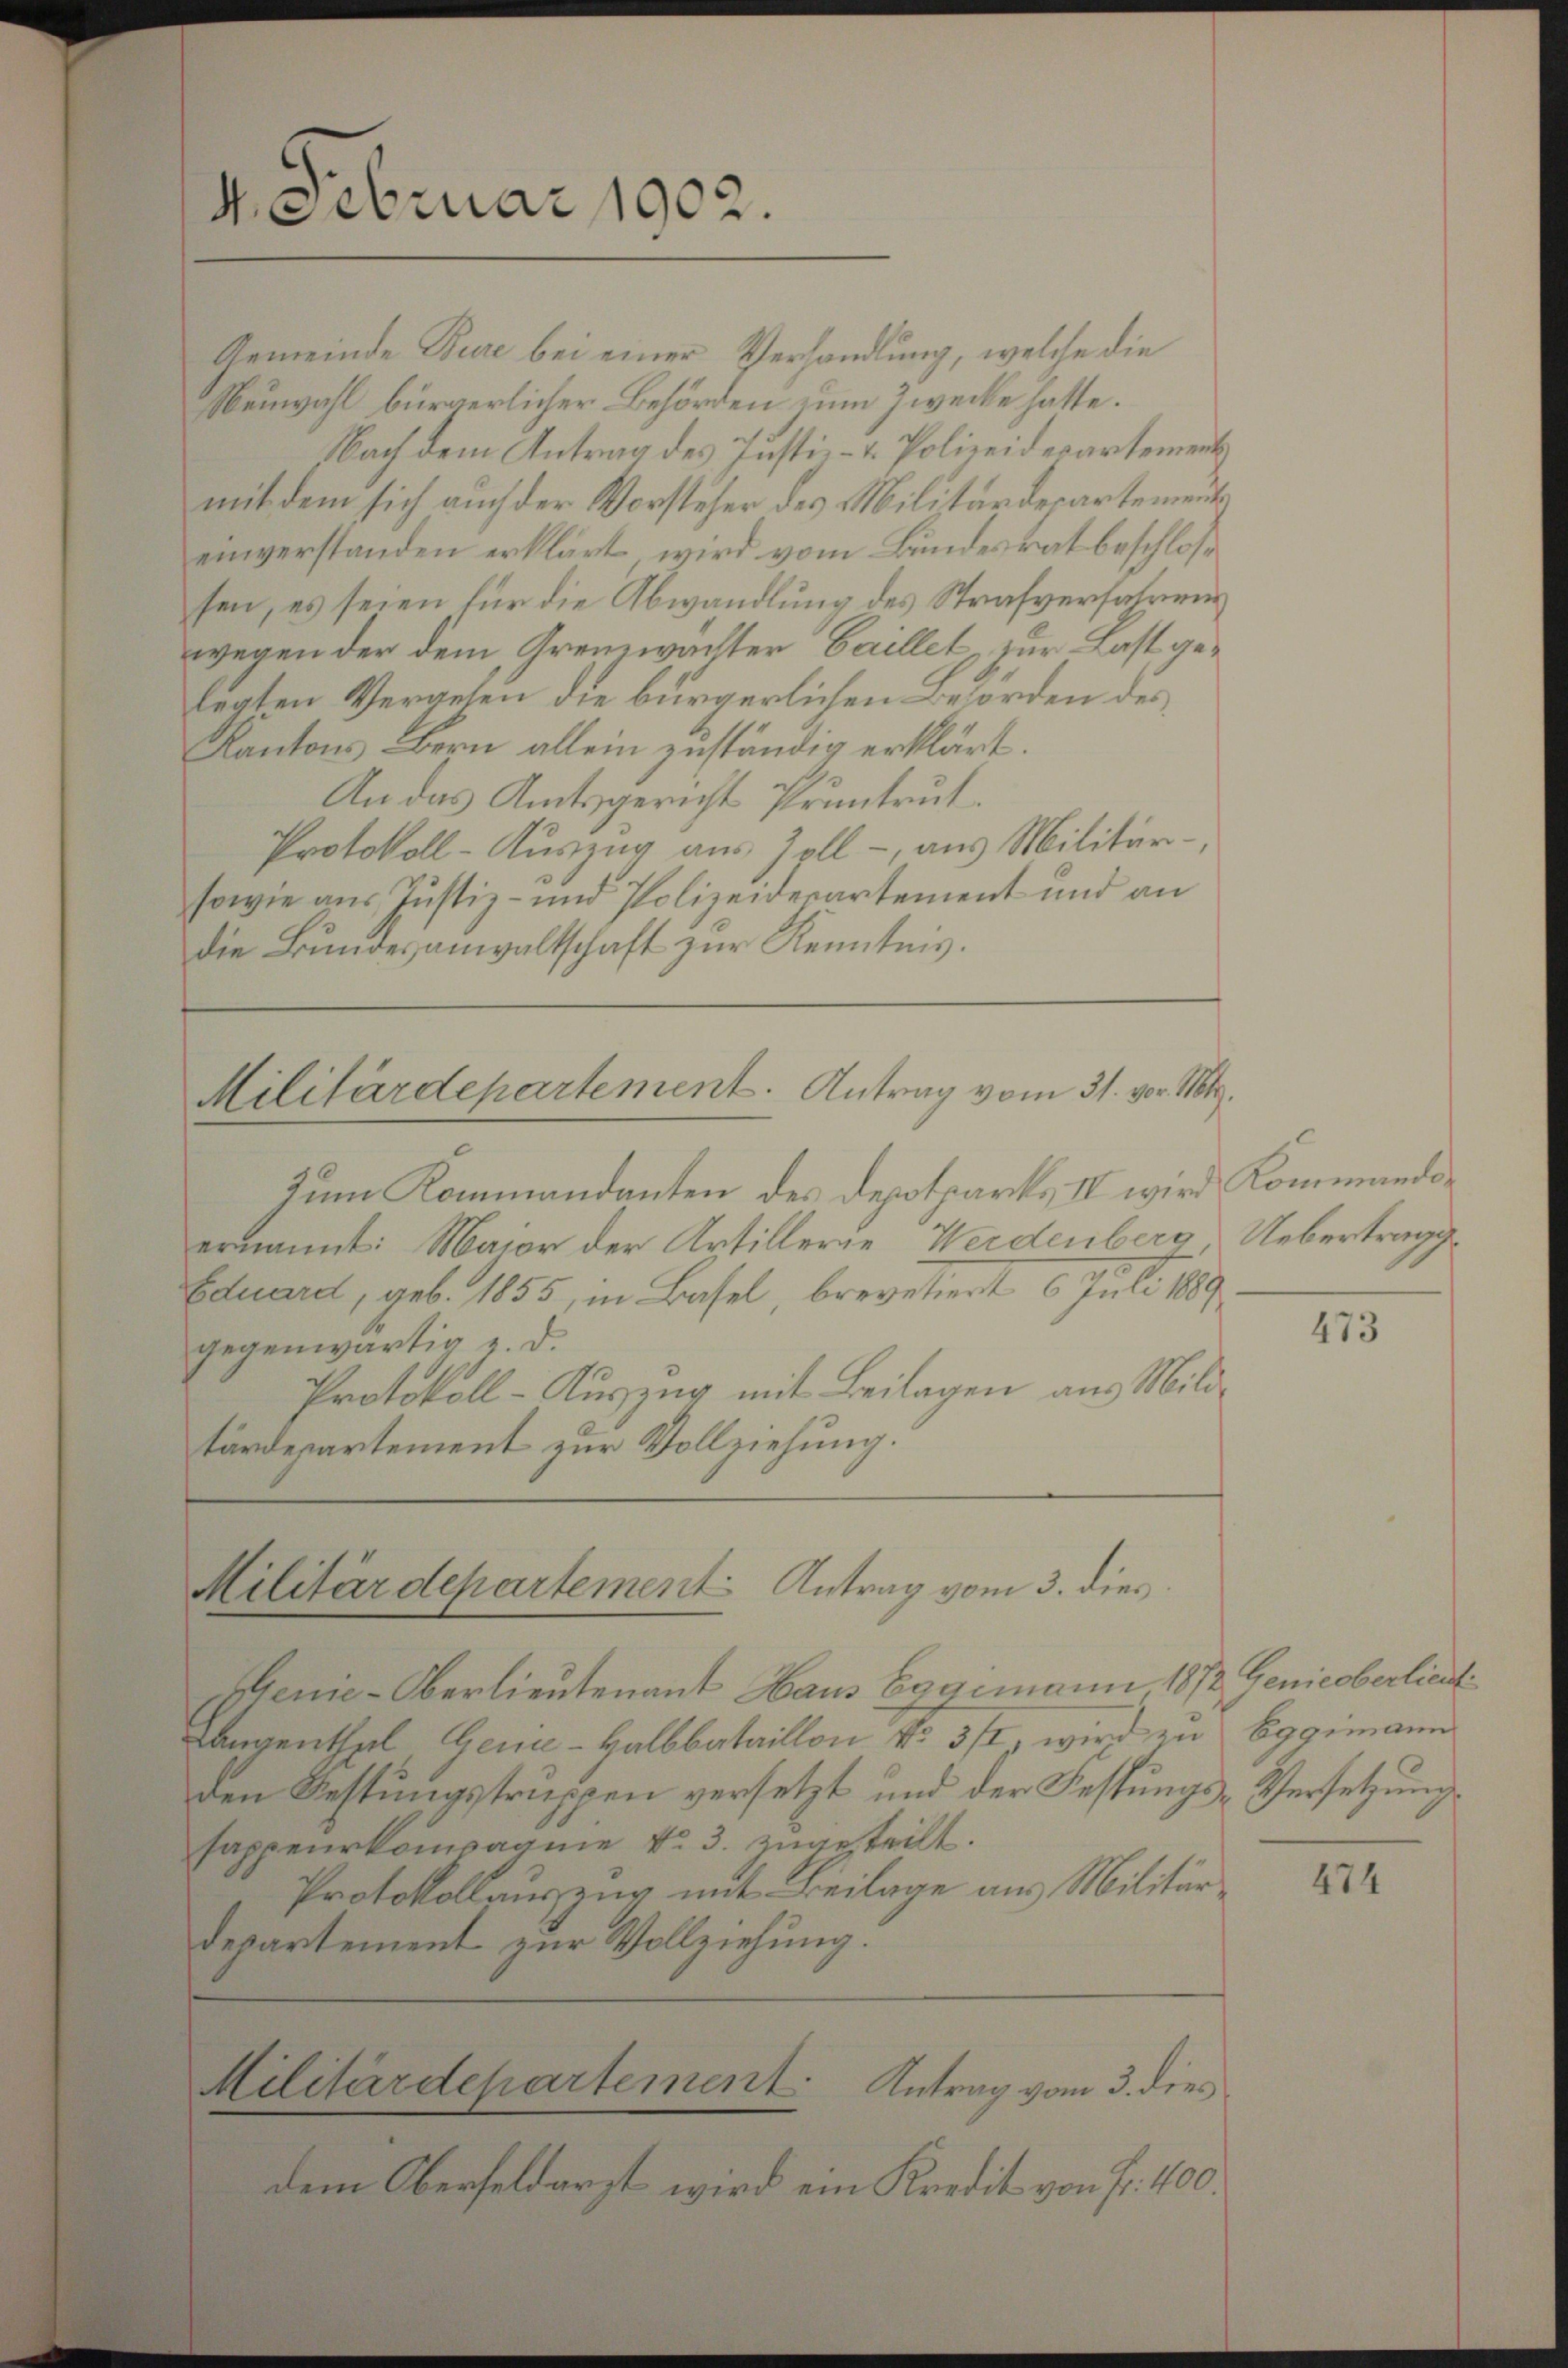
4eebruar 1902.

Militärdepartement. Antrag vom 31. vor. Mts.
Zum Kommandanten des Depotparks IV wird Kommandi¬

Gemeinde Bure bei einer Verhandlung, welche die
Neuwahl bürgerlicher Behörden zum Zwecke hatte.
Nach dem Antrag des Justiz- & Polizeidepartement
mit dem sich auch der Vorsteher des Militärderartements
einverstanden erklärt wird vom Bundesrat beschlossen, es seien für die Abwandlung des Strafverfahrens
wegen der dem Grenzwachter Gaillet zur Last gelegten Vergehen die bürgerlichen Behörden des
Kantons Bern allein zuständig erklärt.
An das Amtsgericht Pruntrut.
Protokoll-Auszug aus Zoll-, aus Militär-
sowie aus Justiz- und Polizeiderartement und an
die Bŭndesanwaltschaft zur Kenntnis.

ernannt: Maior der Artillerie Werdenberg Uebertrags¬
Eduard, geb. 1855, in Basel, brevetiert 6 Juli 1889
gegenwärtig u. d.
Protokoll-Auszug mit Beilagen aus Militärdepartement zur Vollziehung.

Militärdepartement Antrag vom 3. dies

Genie-Oberlieutenant Haus Eggimann 1872 Genicoberlieut
Langenthal, Gene-Halbbataillon No. 31, wird zu Eggimann
den Festungstruppen versetzt und der Festungs-Versetzung.
sappeurkompagnie No. 3. zugeteilt.
Protokollauszug mit Beilage aus Militärdepartement zur Vollziehung.

Militärdepartement. Antrag vom 3. dies

dem Oberfeldarzt wird ein Kredit von fr. 400

473

474